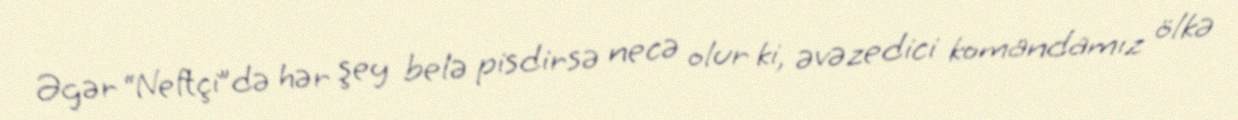
Əgər “Neftçi”də hər şey belə pisdirsə necə olur ki, əvəzedici komandamız ölkə